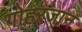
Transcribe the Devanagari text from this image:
गोहरजान